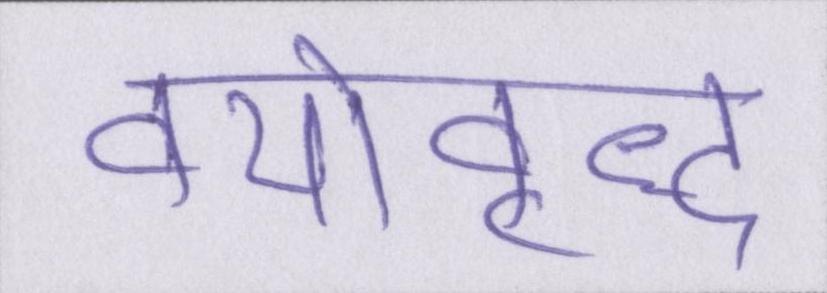
वयोवृद्ध